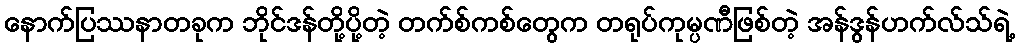
နောက်ပြဿနာတခုက ဘိုင်ဒန်တို့ပို့တဲ့ တက်စ်ကစ်တွေက တရုပ်ကုမ္ပဏီဖြစ်တဲ့ အန်ဒွန်ဟက်လ်သ်ရဲ့